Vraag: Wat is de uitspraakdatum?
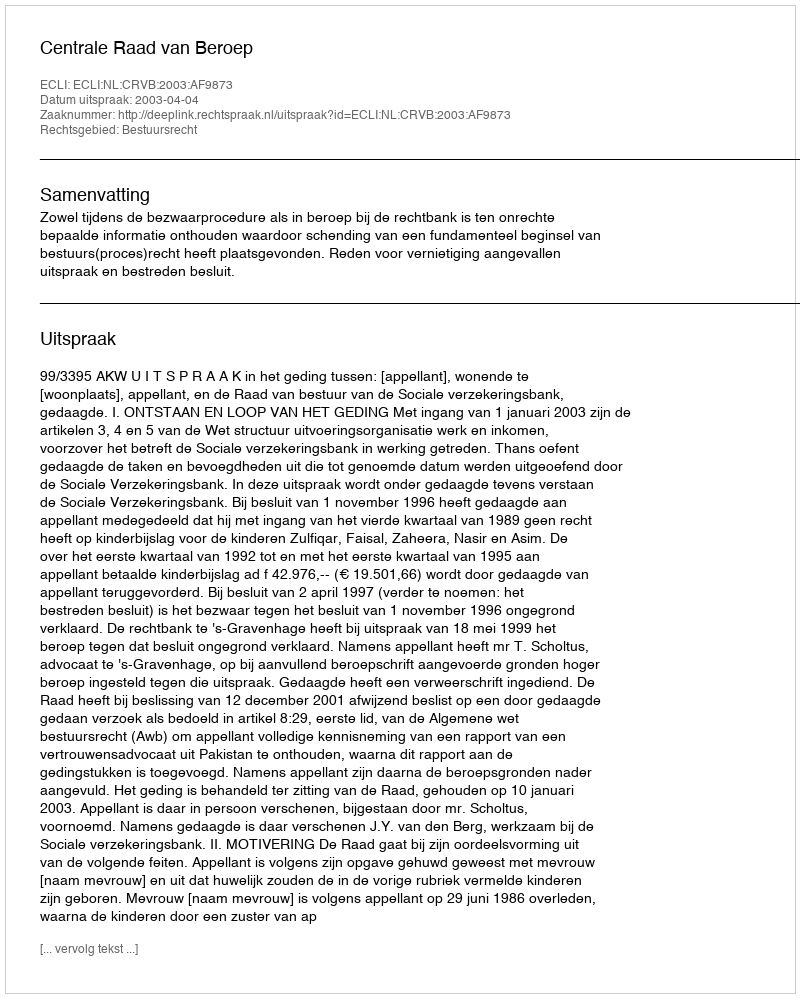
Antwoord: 2003-04-04